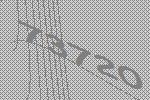
73720